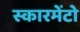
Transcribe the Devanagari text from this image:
स्कारमेंटो